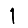
Digit: 1